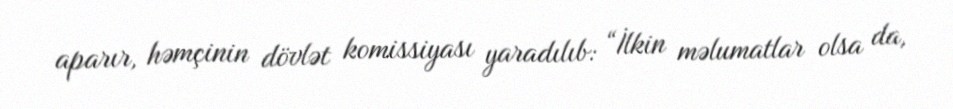
aparır, həmçinin dövlət komissiyası yaradılıb: “İlkin məlumatlar olsa da,